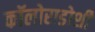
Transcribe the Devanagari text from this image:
कॉलोराडोशी